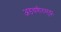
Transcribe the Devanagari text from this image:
अडचणीतसुद्धा